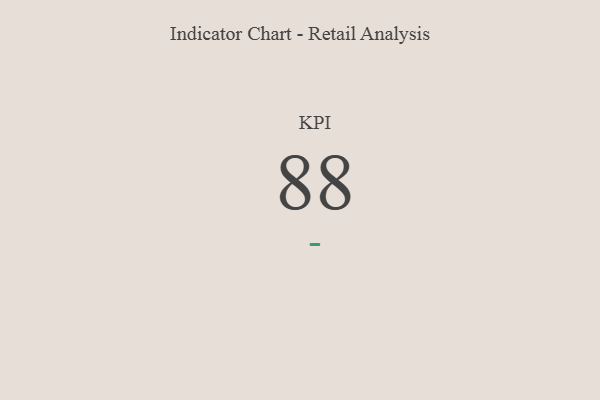
{"axis": {"x": "KPI", "y": "Value"}, "legend": [""], "data": [{"x": "KPI", "y": 88, "type": ""}]}